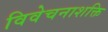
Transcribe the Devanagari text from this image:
विवेचनाशक्ति